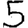
Digit: 5